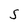
Character: S